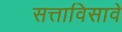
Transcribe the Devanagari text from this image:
सत्ताविसावे